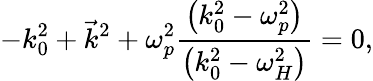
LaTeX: -k_{0}^{2}+{\vec{k}}^{2}+\omega_{p}^{2}{\frac{\left(k_{0}^{2}-\omega_{p}^{2}\right)}{\left(k_{0}^{2}-\omega_{H}^{2}\right)}}=0,